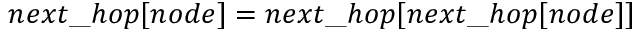
n e x t \textunderscore h o p [ n o d e ] = n e x t \textunderscore h o p [ n e x t \textunderscore h o p [ n o d e ] ]